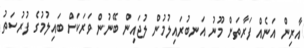
އާރިން އަނެއް ފަރާތަށް މޫނު އަނބުރައިލުމުން ލުޖައިން ބޭނުން ވަރަކަށް ބައިލުމުގެ ފުރުސަތު